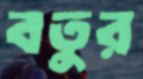
বতুর